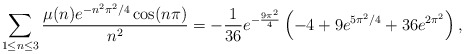
\begin{align*}\sum_{1\le n \le 3}\frac{\mu(n)e^{-n^2\pi^2/4}\cos(n\pi)}{n^2}=-\frac{1}{36}e^{-\frac{9\pi^2}{4}}\left(-4+9e^{5\pi^2/4}+36e^{2\pi^2}\right), \end{align*}